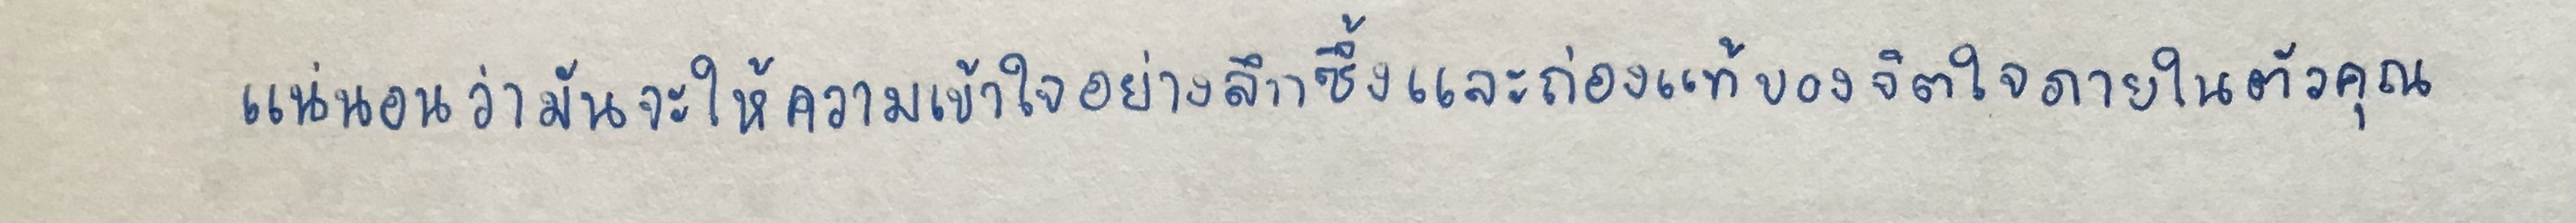
แน่นอนว่ามันจะให้ความเข้าใจอย่างลึกซึ้งและถ่องแท้ของจิตใจภายในตัวคุณ